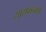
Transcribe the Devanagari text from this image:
सासवडनामे